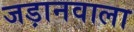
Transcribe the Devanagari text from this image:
जड़ानवाला